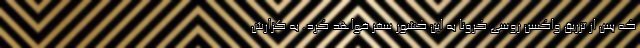
که پس از تزریق واکسن روسی کرونا به این کشور سفر خواهد کرد. به گزارش